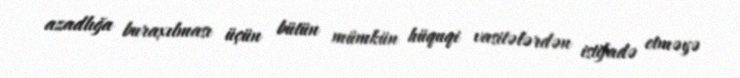
azadlığa buraxılması üçün bütün mümkün hüquqi vasitələrdən istifadə etməyə